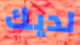
لديك